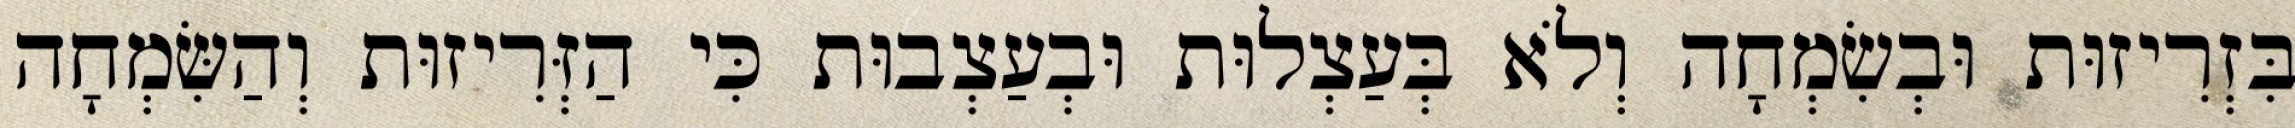
בִּזְרִיזוּת וּבְשִׂמְחָה וְלֹא בְּעַצְלוּת וּבְעַצְבוּת כִּי הַזְּרִיזוּת וְהַשִּׂמְחָה